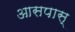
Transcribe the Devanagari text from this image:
आसपास्